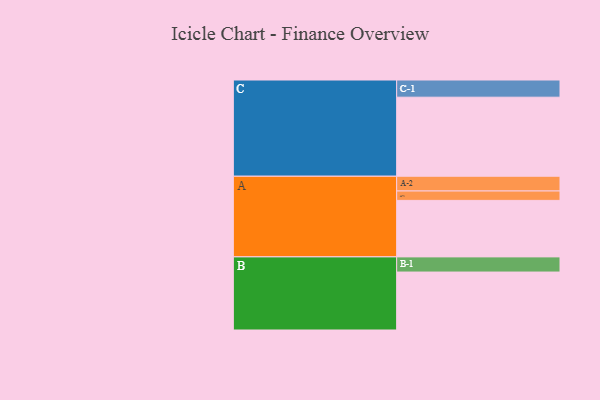
{"axis": {"x": "Segment", "y": "Value"}, "legend": ["", "A", "B", "C"], "data": [{"x": "A", "y": 391, "type": ""}, {"x": "B", "y": 401, "type": ""}, {"x": "C", "y": 547, "type": ""}, {"x": "A-1", "y": 65, "type": "A"}, {"x": "A-2", "y": 102, "type": "A"}, {"x": "B-1", "y": 105, "type": "B"}, {"x": "C-1", "y": 119, "type": "C"}]}